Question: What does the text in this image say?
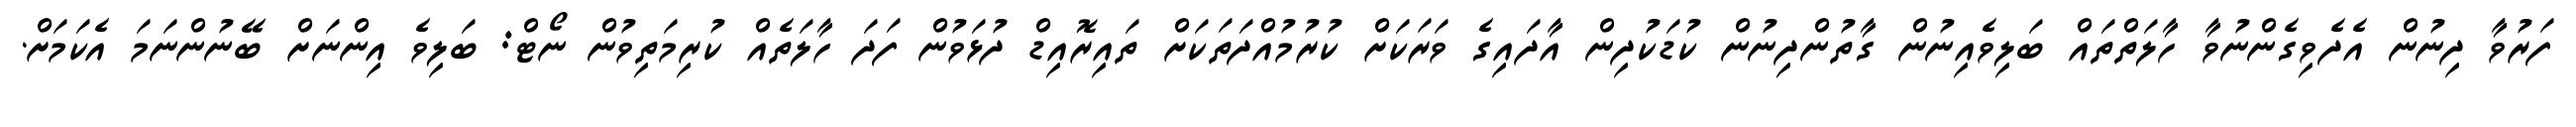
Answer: ފަރުވާ ދިނުން އެދެވިގެންނުވާ ހާލަތްތައް ބަލިވެއިނުން ގާތުންދިނުން ކުޑަކުދިން އާދައިގެ ވަރަކަށް ކުރުމުއްދަތަކަށް ތައިރޮއިޑް ދުޅަވުން ފަދަ ހާލަތެއް ކުރިމަތިވުން ނޯޓް: ބަލިވެ އިންނަށް ބޭނުންނަމަ އެކަމަށް.